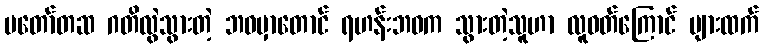
မတော်တဆ ဂတိလွဲသွားတဲ့ ဘဝမှာတောင် ရဟန်းဘဝက သွားတဲ့သူဟာ လူဝတ်ကြောင် များထက်